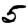
Digit: 5